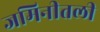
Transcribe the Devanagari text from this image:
जमिनीतली